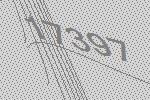
17397